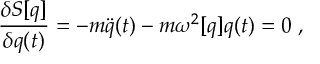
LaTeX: { \frac { \delta S [ q ] } { \delta q ( t ) } } = - m \ddot { q } ( t ) - m \omega ^ { 2 } [ q ] q ( t ) = 0 \; ,